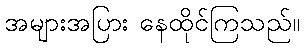
အများအပြား နေထိုင်ကြသည်။